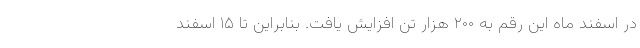
در اسفند ماه این رقم به ۲۰۰ هزار تن افزایش یافت. بنابراین تا ۱۵ اسفند